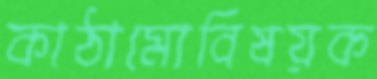
কাঠামোবিষয়ক